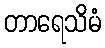
တာရေသိမံ